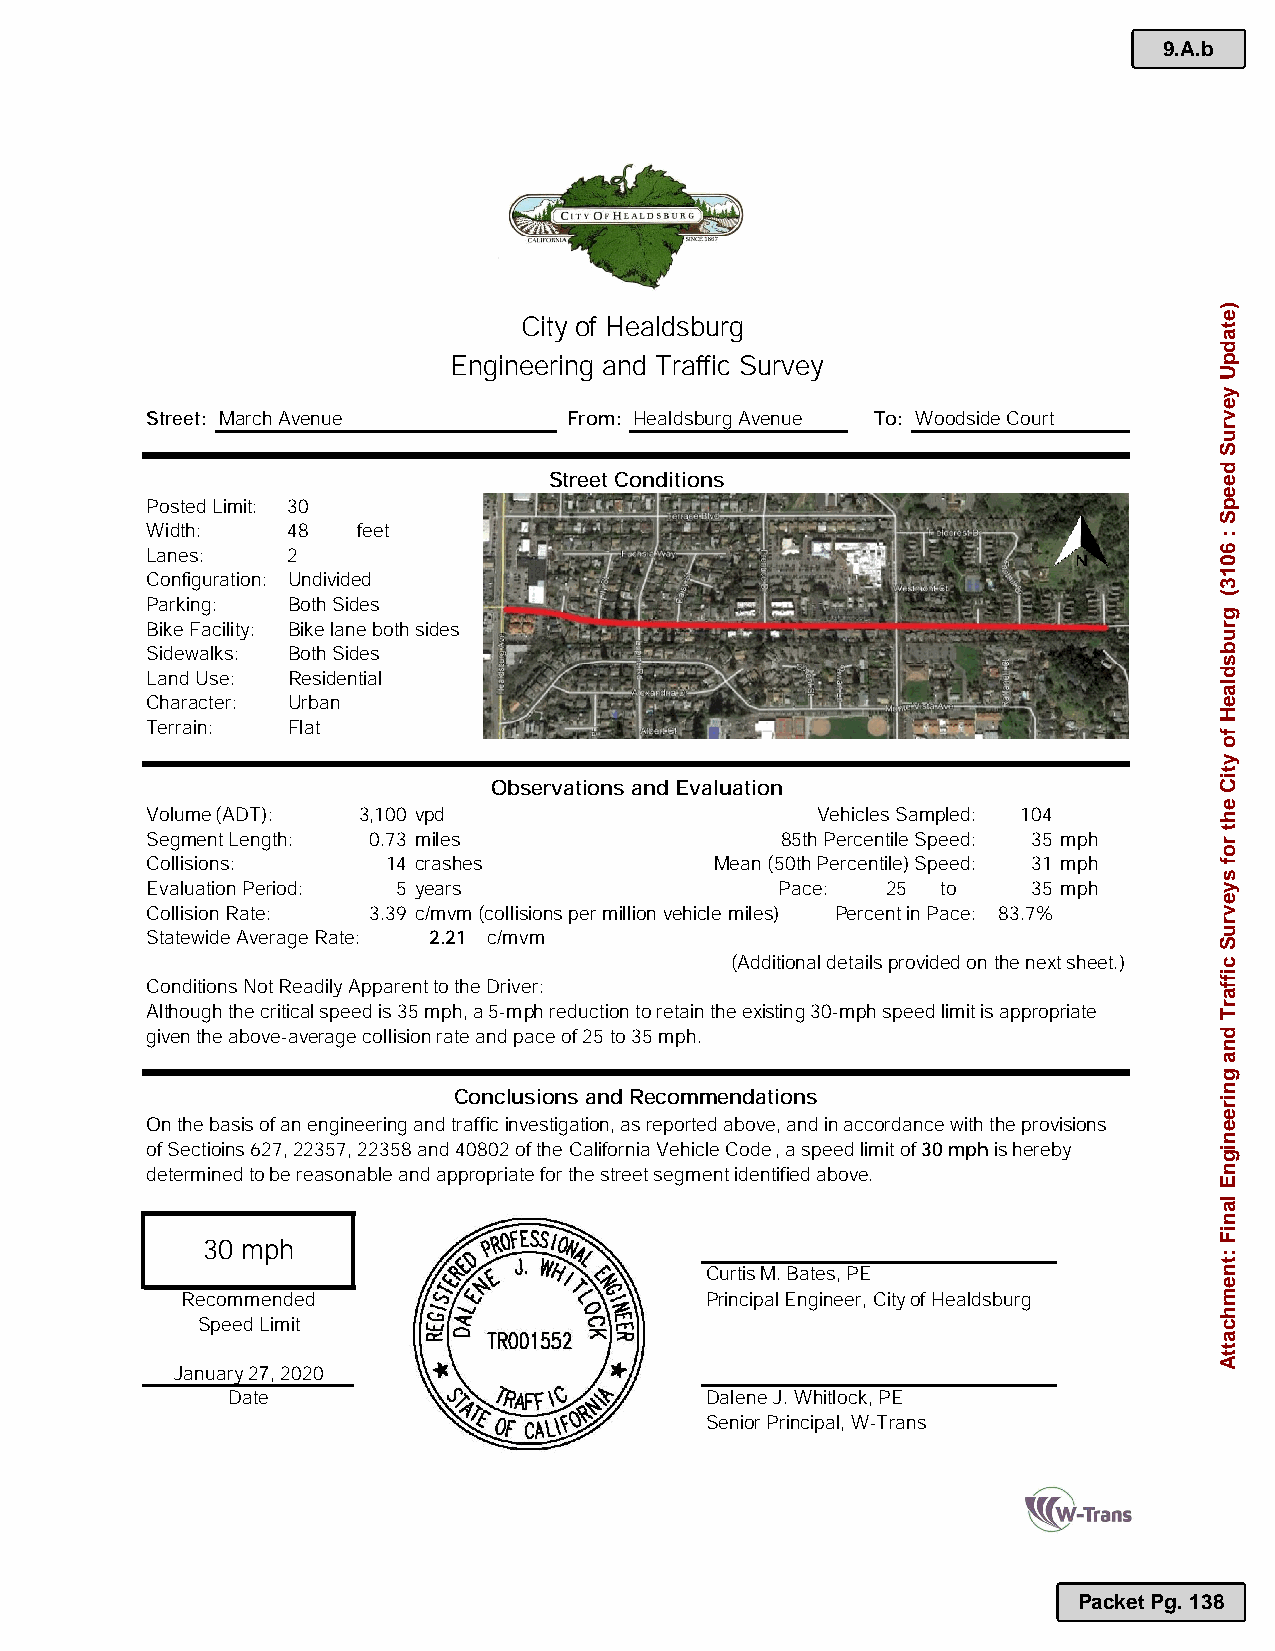
9.A.b
 City of Healdsburg
 Engineering and Traffic Survey
 Street: March Avenue        From: Healdsburg Avenue To: Woodside Court
 Street Conditions
 Posted Limit: 30
 Width:   48   feet
 Lanes:   2
 Configuration: Undivided
 Parking: Both Sides
 Bike Facility: Bike lane both sides
 Sidewalks: Both Sides
 Land Use: Residential
 Character: Urban
 Terrain: Flat
 Observations and Evaluation
 Volume (ADT): 3,100 vpd                     Vehicles Sampled: 104
 Segment Length: 0.73 miles                85th Percentile Speed: 35 mph
 Collisions:     14 crashes           Mean (50th Percentile) Speed: 31 mph
 Evaluation Period: 5 years                Pace:  25 to    35 mph
 Collision Rate: 3.39 c/mvm(collisions per million vehicle miles) Percent in Pace: 83.7%
 Statewide Average Rate: 2.21 c/mvm
 (Additional detailsprovided on the next sheet.)
 Conditions Not Readily Apparent to the Driver:
 Although the critical speed is 35 mph,a 5-mph reduction to retain the existing 30-mph speed limit is appropriate
 given the above-average collision rate and pace of 25 to 35 mph.
 Conclusions and Recommendations
 On the basis of an engineering and traffic investigation, as reported above, and in accordance withthe provisions
 of Sectioins 627,22357, 22358 and 40802 of the California Vehicle Code, a speed limit of 30 mphis hereby
 determined to be reasonable and appropriate for the street segment identified above.
 30 mph
 Curtis M. Bates, PE
 Recommended                        Principal Engineer, Cityof Healdsburg
 Speed Limit
 January2 ,2020
 Date                            Dalene J.Whitlock,PE
 Senior Principal, W-Trans
 Packet Pg. 138
 )etadpU
 yevruS
 deepS
 :
 6013(
 grubsdlaeH
 fo
 ytiC
 eht
 rof
 syevruS
 ciffarT
 dna
 gnireenignE
 laniF
 :tnemhcattA